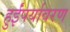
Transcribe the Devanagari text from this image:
हुईंपर्यावरण